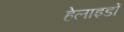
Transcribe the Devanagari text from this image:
हेलाइडों